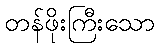
တန်ဖိုးကြီးသော